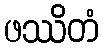
ဖဿိတံ